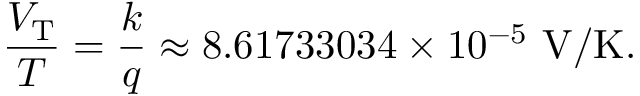
{ \frac { V _ { \mathrm { T } } } { T } } = { \frac { k } { q } } \approx 8 . 6 1 7 3 3 0 3 4 \times 1 0 ^ { - 5 } \ \mathrm { V / K } .